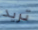
تريد